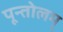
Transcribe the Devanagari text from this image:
पून्तोलम्